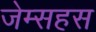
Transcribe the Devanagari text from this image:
जेम्सहस